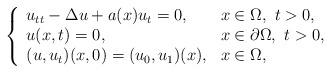
LaTeX: \begin{align*}\left\{\begin{array}{ll}u_{tt}-\Delta u + a(x)u_t = 0,& x\in \Omega,\ t>0,\\u(x,t)=0,&x\in \partial \Omega, \ t>0,\\(u,u_t)(x,0) = (u_0, u_1)(x),&x\in \Omega,\end{array}\right.\end{align*}